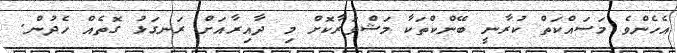
އެހެންވެ މަސައްކަތް ކުރާނީ ބޭންކްތަކާ މަޝްވަރާކޮށް މި ދާއިރާއަށް ރަނގަޅު ގޮތެއް ހެދުން.